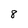
Character: 8